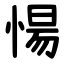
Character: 愓